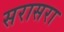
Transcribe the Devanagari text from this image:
सरासरा